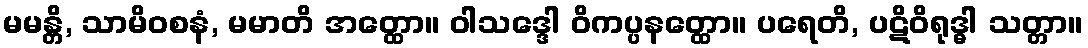
မမန္တိ, သာမိဝစနံ, မမာတိ အတ္ထော။ ဝါသဒ္ဒေါ ဝိကပ္ပနတ္ထော။ ပရေတိ, ပဋိဝိရုဒ္ဓါ သတ္တာ။